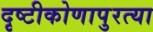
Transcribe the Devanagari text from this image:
दृष्टीकोणापुरत्या